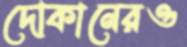
দোকানেরও